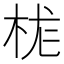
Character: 𪲆